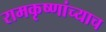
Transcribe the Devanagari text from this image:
रामकृष्णांच्याच